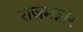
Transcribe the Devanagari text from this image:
राजमन्नार